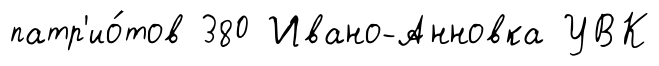
патр'ио́тов 380 Ивано-Анновка УВК